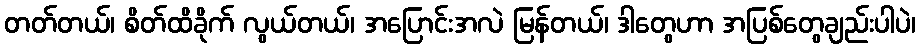
တတ်တယ်၊ စိတ်ထိခိုက် လွယ်တယ်၊ အပြောင်းအလဲ မြန်တယ်၊ ဒါတွေဟာ အပြစ်တွေချည်းပါပဲ၊